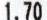
1.70